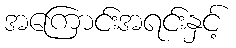
အကြောင်းအရင်းနှင့်